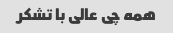
همه چی عالی با تشکر